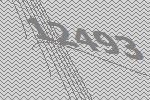
12493